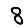
Digit: 8